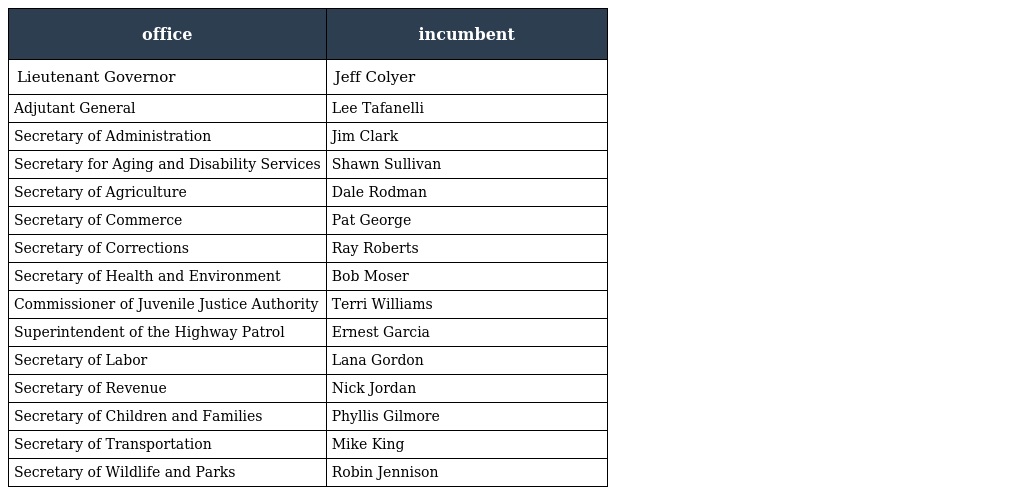
| office | incumbent |
 | --- | --- |
 | Lieutenant Governor | Jeff Colyer |
 | Adjutant General | Lee Tafanelli |
 | Secretary of Administration | Jim Clark |
 | Secretary for Aging and Disability Services | Shawn Sullivan |
 | Secretary of Agriculture | Dale Rodman |
 | Secretary of Commerce | Pat George |
 | Secretary of Corrections | Ray Roberts |
 | Secretary of Health and Environment | Bob Moser |
 | Commissioner of Juvenile Justice Authority | Terri Williams |
 | Superintendent of the Highway Patrol | Ernest Garcia |
 | Secretary of Labor | Lana Gordon |
 | Secretary of Revenue | Nick Jordan |
 | Secretary of Children and Families | Phyllis Gilmore |
 | Secretary of Transportation | Mike King |
 | Secretary of Wildlife and Parks | Robin Jennison |